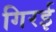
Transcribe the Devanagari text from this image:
गिरई